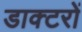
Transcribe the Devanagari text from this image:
डाक्‍टरों